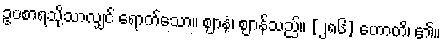
ဥပစာရသို့သာလျှင် ရောက်သော။ ဈာနံ၊ ဈာန်သည်။ [၂၈၆] ဟောတိ၊ ၏။